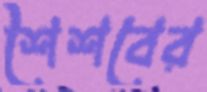
শৈশবের